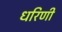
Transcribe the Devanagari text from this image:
धरिणी